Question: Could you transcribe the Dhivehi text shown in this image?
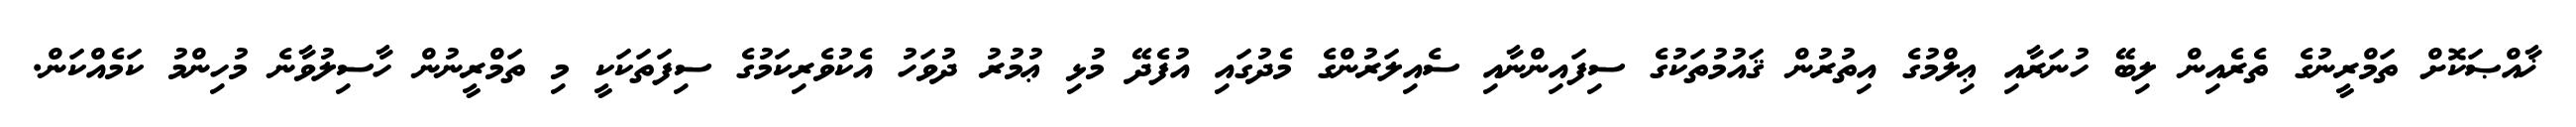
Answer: ޚާއްޞަކޮށް ތަމްރީނުގެ ތެރެއިން ލިބޭ ހުނަރާއި ޢިލްމުގެ އިތުރުން ޤައުމުތަކުގެ ސިފައިންނާއި ސެއިލަރުންގެ މެދުގައި އުފެދޭ މުޅި ޢުމުރު ދުވަހު އެކުވެރިކަމުގެ ސިފަތަކަކީ މި ތަމްރީނުން ހާސިލުވާނެ މުހިންމު ކަމެއްކަން.